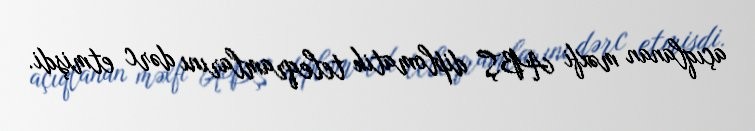
açıqlanan məxfi ABŞ diplomatik teleqramlarını dərc etmişdi.